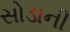
સોડાની